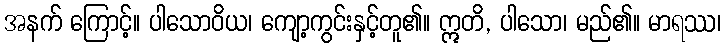
အနက် ကြောင့်။ ပါသောဝိယ၊ ကျော့ကွင်းနှင့်တူ၏။ ဣတိ, ပါသော၊ မည်၏။ မာရဿ၊